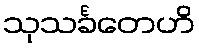
သုသင်္ခတေဟိ